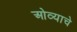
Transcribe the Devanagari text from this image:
ओव्याचे